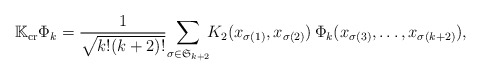
\begin{align*} \mathbb{K}_{\rm cr} \Phi_k = \frac{1}{\sqrt{k!(k+2)!}}\!\sum_{\sigma\in\mathfrak{S}_{k+2}}\!\!K_2(x_{\sigma(1)},x_{\sigma(2)})\,\Phi_k(x_{\sigma(3)},\dots,x_{\sigma(k+2)}),\end{align*}